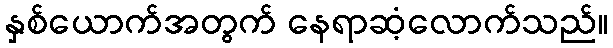
နှစ်ယောက်အတွက် နေရာဆံ့လောက်သည်။